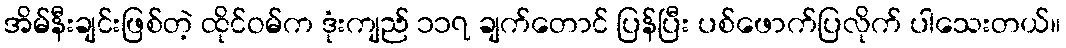
အိမ်နီးချင်းဖြစ်တဲ့ ထိုင်ဝမ်က ဒုံးကျည် ၁၁၇ ချက်တောင် ပြန်ပြီး ပစ်ဖောက်ပြလိုက် ပါသေးတယ်။